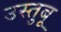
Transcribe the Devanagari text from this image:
उस्तुबू